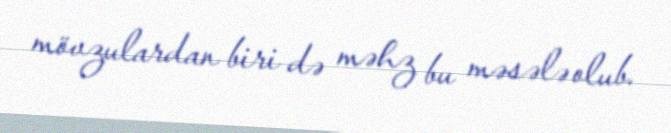
mövzulardan biri də məhz bu məsələ olub.